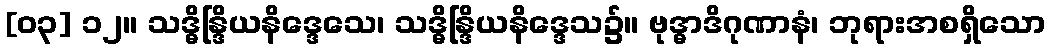
[၀၃] ၁၂။ သဒ္ဓိန္ဒြိယနိဒ္ဒေသေ၊ သဒ္ဓိန္ဒြိယနိဒ္ဒေသ၌။ ဗုဒ္ဓာဒိဂုဏာနံ၊ ဘုရားအစရှိသော